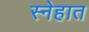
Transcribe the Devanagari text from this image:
स्नेहात